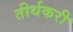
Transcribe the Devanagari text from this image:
तीर्थकरी